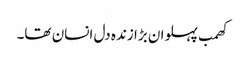
کھمب پہلوان بڑا زندہ دل انسان تھا۔